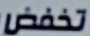
تخفض